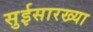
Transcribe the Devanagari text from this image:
सुईसारख्या